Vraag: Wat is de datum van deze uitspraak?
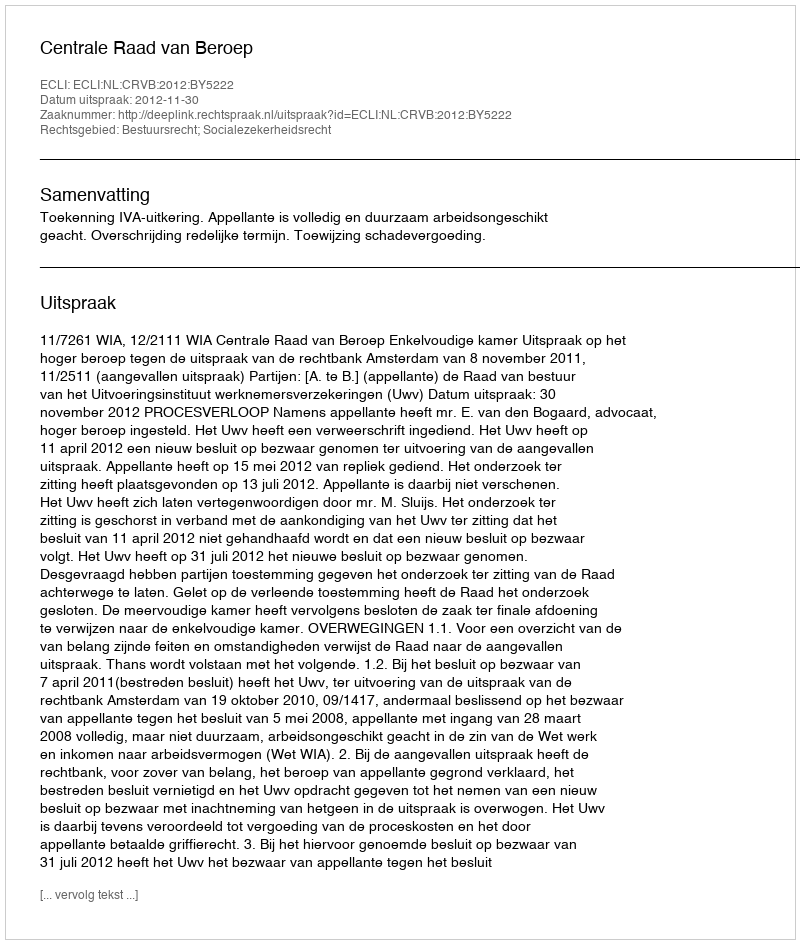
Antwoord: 2012-11-30